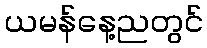
ယမန်နေ့ညတွင်